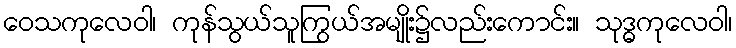
ဝေသကုလေဝါ၊ ကုန်သွယ်သူကြွယ်အမျိုး၌လည်းကောင်း။ သုဒ္ဓကုလေဝါ၊